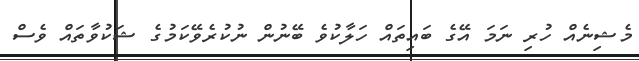
މެޝިނެއް ހުރި ނަމަ އޭގެ ބައިތައް ހަލާކުވެ ބޭނުން ނުކުރެވޭކަމުގެ ޝަކުވާތައް ވެސް